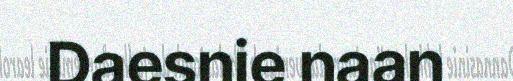
Daesnie naan